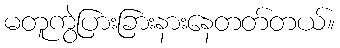
မတူကွဲပြားခြားနားနေတတ်တယ်။